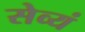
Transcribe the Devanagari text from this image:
सेव्यं